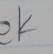
Signature authenticity: forged